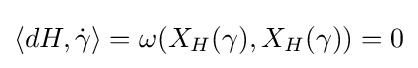
\langle dH,{\dot {\gamma }}\rangle =\omega (X_{H}(\gamma ),X_{H}(\gamma ))=0